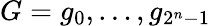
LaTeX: G=g_{0},\ldots,g_{2^{n}-1}